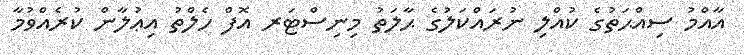
އާއްމު ސިއްޙަތުގެ ކުއްލި ނުރައްކަލުގެ ޙާލަތު މިނިސްޓަރ އޮފް ހެލްތު އިޢުލާން ކުރެއްވުމާ